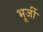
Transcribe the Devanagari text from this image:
भूर्जी